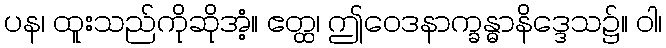
ပန၊ ထူးသည်ကိုဆိုအံ့။ ဧတ္ထ၊ ဤဝေဒနာက္ခန္ဓာနိဒ္ဒေသ၌။ ဝါ၊